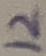
Text: 12